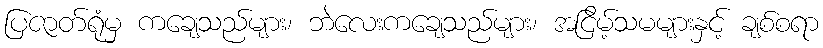
ပြဇာတ်ရုံမှ ကချေသည်များ၊ ဘဲလေးကချေသည်များ၊ အငြိမ့်သမများနှင့် ချစ်စရာ